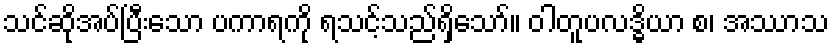
သင်ဆိုအပ်ပြီးသော ပကာရကို ရသင့်သည်ရှိသော်။ ဝါတူပလဒ္ဓိယာ စ၊ အဿာသ